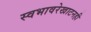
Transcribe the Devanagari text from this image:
स्वभावरेखाटनही